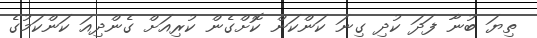
ތިޔަ ބުނާ ފަދަ ކުދި ގިނަ ކަންކަން ކޮށްގެން ކުރިއަށް ގެންދިއަ ކަންކަމުގެ